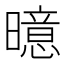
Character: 𪱍